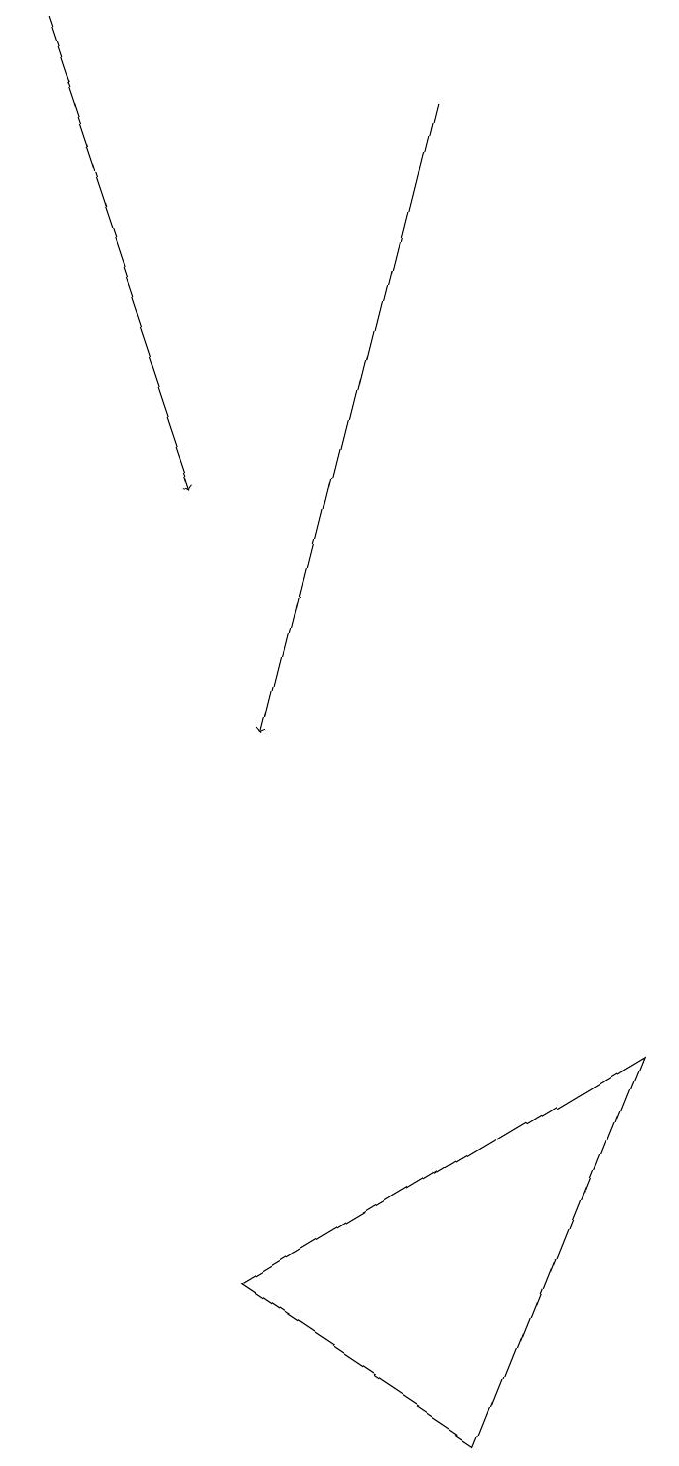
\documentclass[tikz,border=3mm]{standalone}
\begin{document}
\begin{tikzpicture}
\draw[->] (6,18) -- (4,10);
\draw (4,3) -- (9,6) -- (7,1) -- cycle;
\draw[->] (1,19) -- (3,13);
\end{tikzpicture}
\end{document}